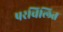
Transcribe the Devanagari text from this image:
परचिलित